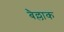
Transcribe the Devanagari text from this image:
बैल्लाक